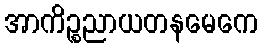
အာကိဉ္စညာယတနမေကေ